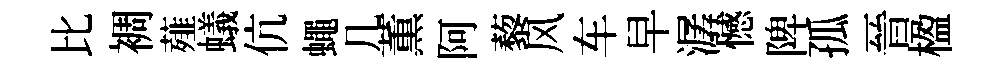
比裯薤蟻伉蠅几薫阿藜风车早潺憾陴孤晉楹